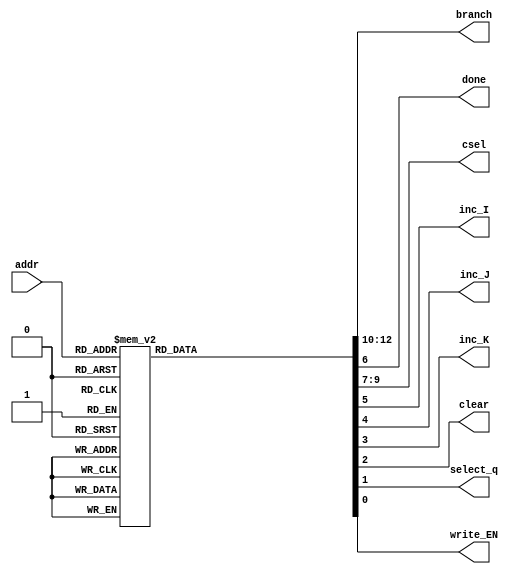
`timescale 1ns / 1ps
//////////////////////////////////////////////////////////////////////////////////
// Design Name:    ee201l_merge_array
// Module Name:    u_program_memory 
// Description:    This is a 4-location deep, 2-bit wide ROM. 
// Comments: 
//            (1) Use this code as a template. Edit this code to create the 
//                Control ROM For the MCU of the desired depth and width. 
//            (2) Edit the contents and fill them with the micro-instructions. 
//            (3) Re-create the symbol (by selecting this Verilog file in the Source
//                pane and double-cliking "Create Schematic Symbol" under the "Design 
//                Utilities" in the Processes pane. 
//
//////////////////////////////////////////////////////////////////////////////////
module u_program_memory(addr,
								branch, done, csel, inc_I, inc_J, inc_K, clear, select_q, write_EN);

	input [2:0] addr;
	

	output [2:0] branch;
	output [2:0] csel;
	output inc_J;
	output inc_I;
	output inc_K;
	output done;
	output clear;
	output select_q;
	output write_EN;
	
	reg [12:0] data_out;
	
		 
   always @(addr)
	  begin  : u_program_memory_logic
         case (addr)
            3'b000:  data_out <= 13'b0000000000100;
            3'b001:  data_out <= 13'b1010010000000;
            3'b010:  data_out <= 13'b0010100101001;
            3'b011:  data_out <= 13'b0110110011011;
				3'b100:  data_out <= 13'b1111000000000;
				3'b101:  data_out <= 13'b0010110011011;
				3'b110:  data_out <= 13'b1100100101001;
				3'b111:  data_out <= 13'b1111011000000;
            default: data_out <= 13'bXX;
         endcase	 
	  end
	  
	  assign {branch [2:0], csel [2:0], done, inc_I, inc_J, inc_K, clear, select_q, write_EN} = data_out;

endmodule